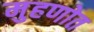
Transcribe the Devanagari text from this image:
मुहणोत